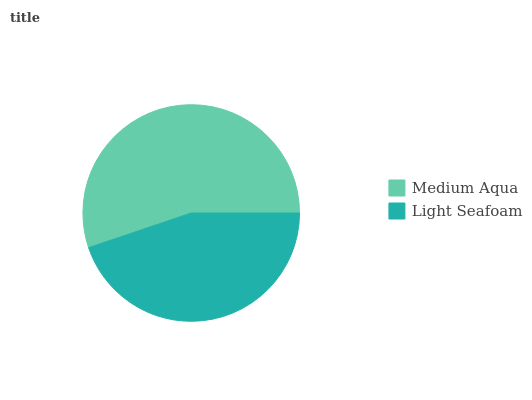
| Medium Aqua | Light Seafoam |
 | --- | --- |
 | 55.2% | 44.8% |